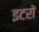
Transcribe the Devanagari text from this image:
इटरों